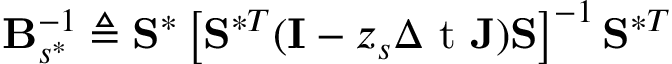
\mathbf { B } _ { s ^ { \ast } } ^ { - 1 } \triangleq \mathbf { S } ^ { \ast } \left[ \mathbf { S } ^ { \ast T } ( \mathbf { I } - z _ { s } \ensuremath { \Delta \mathrm { ~ t ~ } } \mathbf { J } ) \mathbf { S } \right] ^ { - 1 } \mathbf { S } ^ { \ast T }